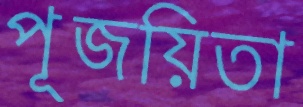
পূজয়িতা